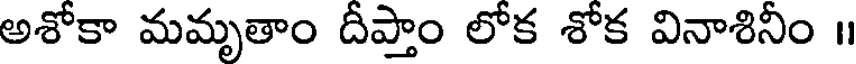
అశోకా మమృతాం దీప్తాం లోక శోక వినాశినీం